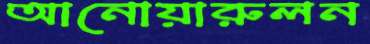
আনোয়ারুলন